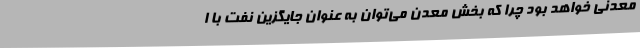
معدنی خواهد بود چرا که بخش معدن می‌توان به عنوان جایگزین نفت با ا